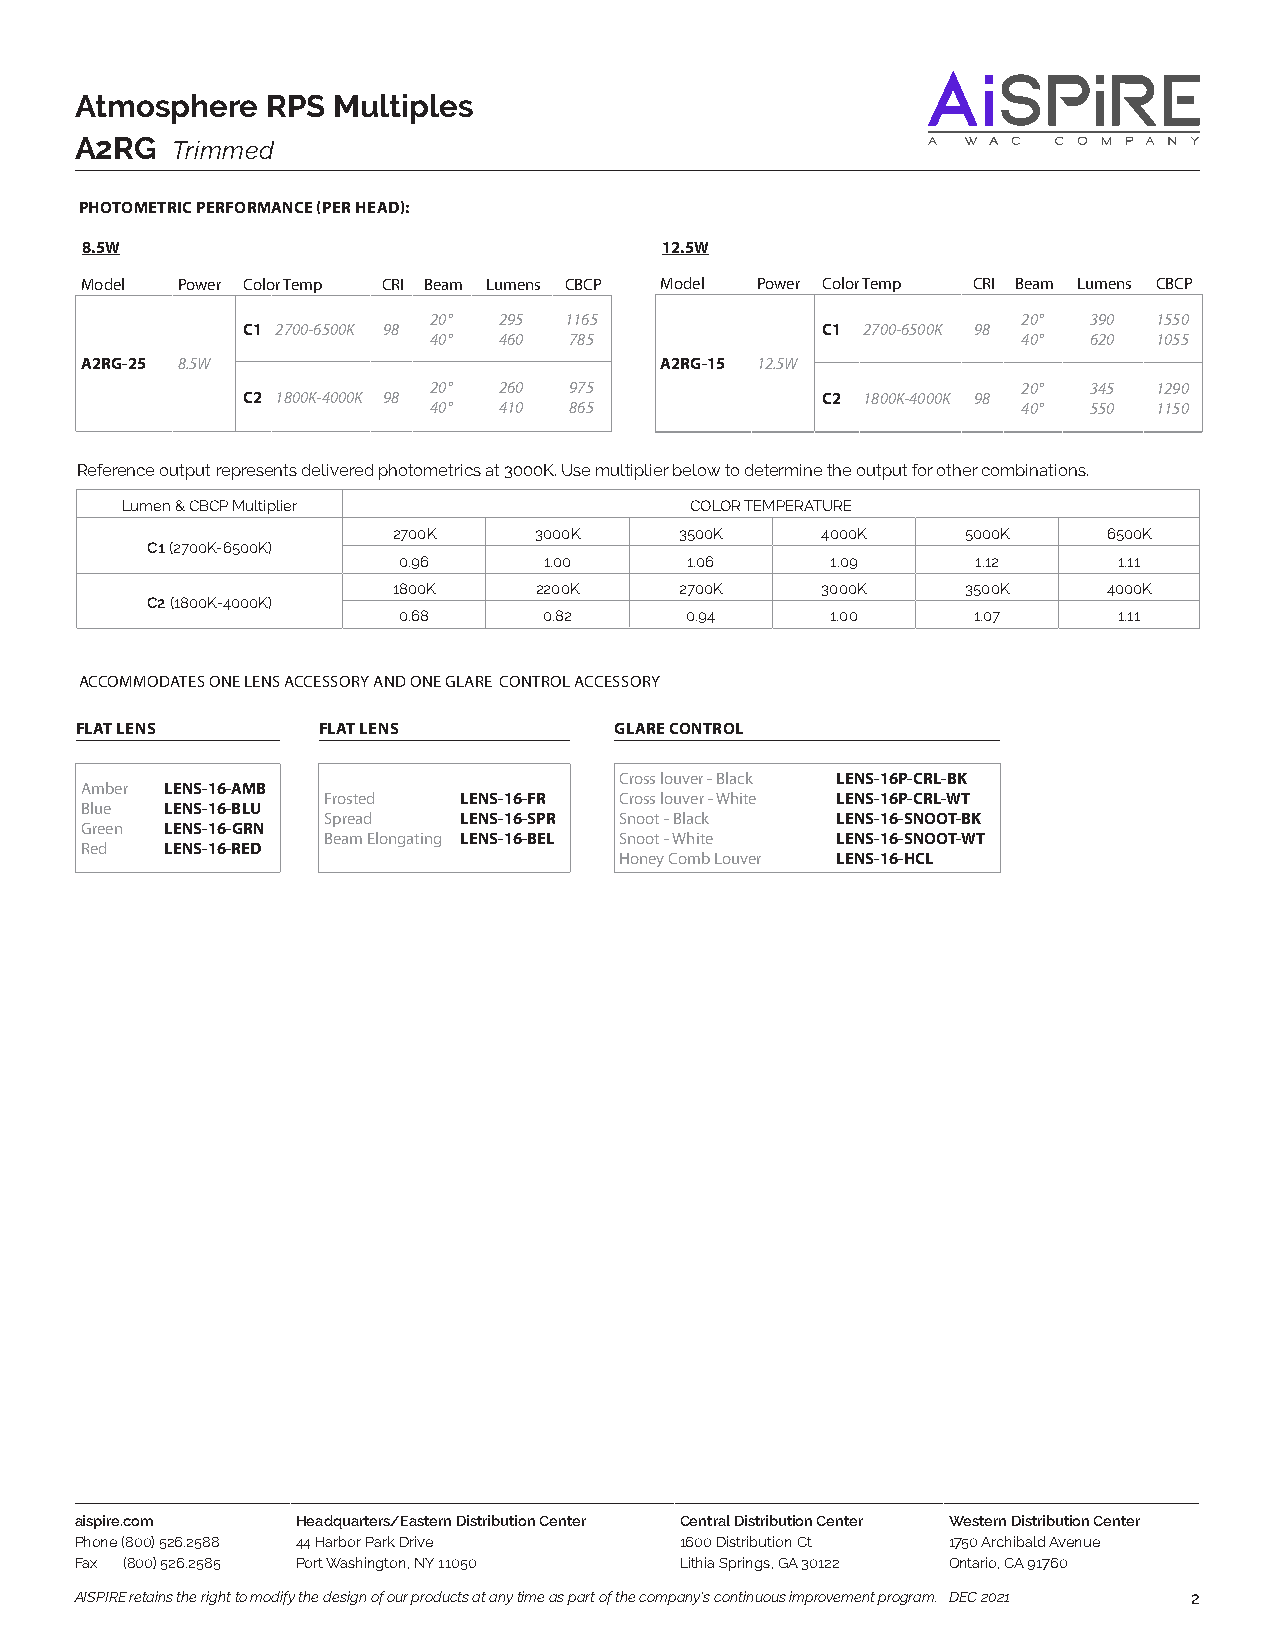
Atmosphere   RPS Multiples
 A2RG  Trimmed
 PHOTOMETRIC PERFORMANCE (PER HEAD):     Fixture Type:
 8.5W                                   12C.5aWtalog Number:
 Model  Power Color Temp CRI Beam Lumens CBCP MoPdreolject: Power Color Temp CRI Beam Lumens CBCP
 20°  295 1165    Location:              20° 390  1550
 C1 2700-6500K 98                      C1 2700-6500K 98
 40°  460  785                           40° 620  1055
 A2RG-25 8.5W                           A2RG-15 12.5W
 20°  260  975                           20° 345  1290
 C2 1800K-4000K 98                     C2 1800K-4000K 98
 40°  410  865                           40° 550  1150
 Reference output represents delivered photometrics at 3000K. Use multiplier below to determine the output for other combinations.
 Lumen & CBCP Multiplier               COLOR TEMPERATURE
 2700K    3000K     3500K    4000K     5000K    6500K
 C1 (2700K-6500K)
 0.96      1.00     1.06      1.09      1.12     1.11
 1800K    2200K     2700K    3000K     3500K    4000K
 C2 (1800K-4000K)
 0.68      0.82     0.94      1.00     1.07      1.11
 ACCOMMODATES ONE LENS ACCESSORY AND ONE GLARE CONTROL ACCESSORY
 FLAT LENS       FLAT LENS           GLARE CONTROL
 Cross louver - Black LENS-16P-CRL-BK
 Amber LENS-16-AMB
 Frosted  LENS-16-FR Cross louver - White LENS-16P-CRL-WT
 Blue  LENS-16-BLU
 Spread   LENS-16-SPR Snoot - Black LENS-16-SNOOT-BK
 Green LENS-16-GRN
 Beam Elongating LENS-16-BEL Snoot - White LENS-16-SNOOT-WT
 Red   LENS-16-RED
 Honey Comb Louver LENS-16-HCL
 aispire.com    Headquarters/Eastern Distribution Center Central Distribution Center Western Distribution Center
 Phone (800) 526.2588 44 Harbor Park Drive 1600 Distribution Ct 1750 Archibald Avenue
 Fax (800) 526.2585 Port Washington, NY 11050 Lithia Springs, GA 30122 Ontario, CA 91760
 AISPIRE retains the right to modify the design of our products at any time as part of the company's continuous improvement program. DEC 2021 2